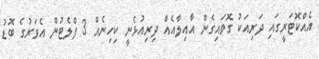
އެއްކޮޓަރީގައި ދަރިއަކު ގޮވައިގެން އާއިލާއެއް ދިރިއުޅެނީ ކިހިނެއް 3 ފްލެޓުން އެވަރުގެ ބޮޑު